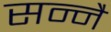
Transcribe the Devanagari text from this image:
सन्नै